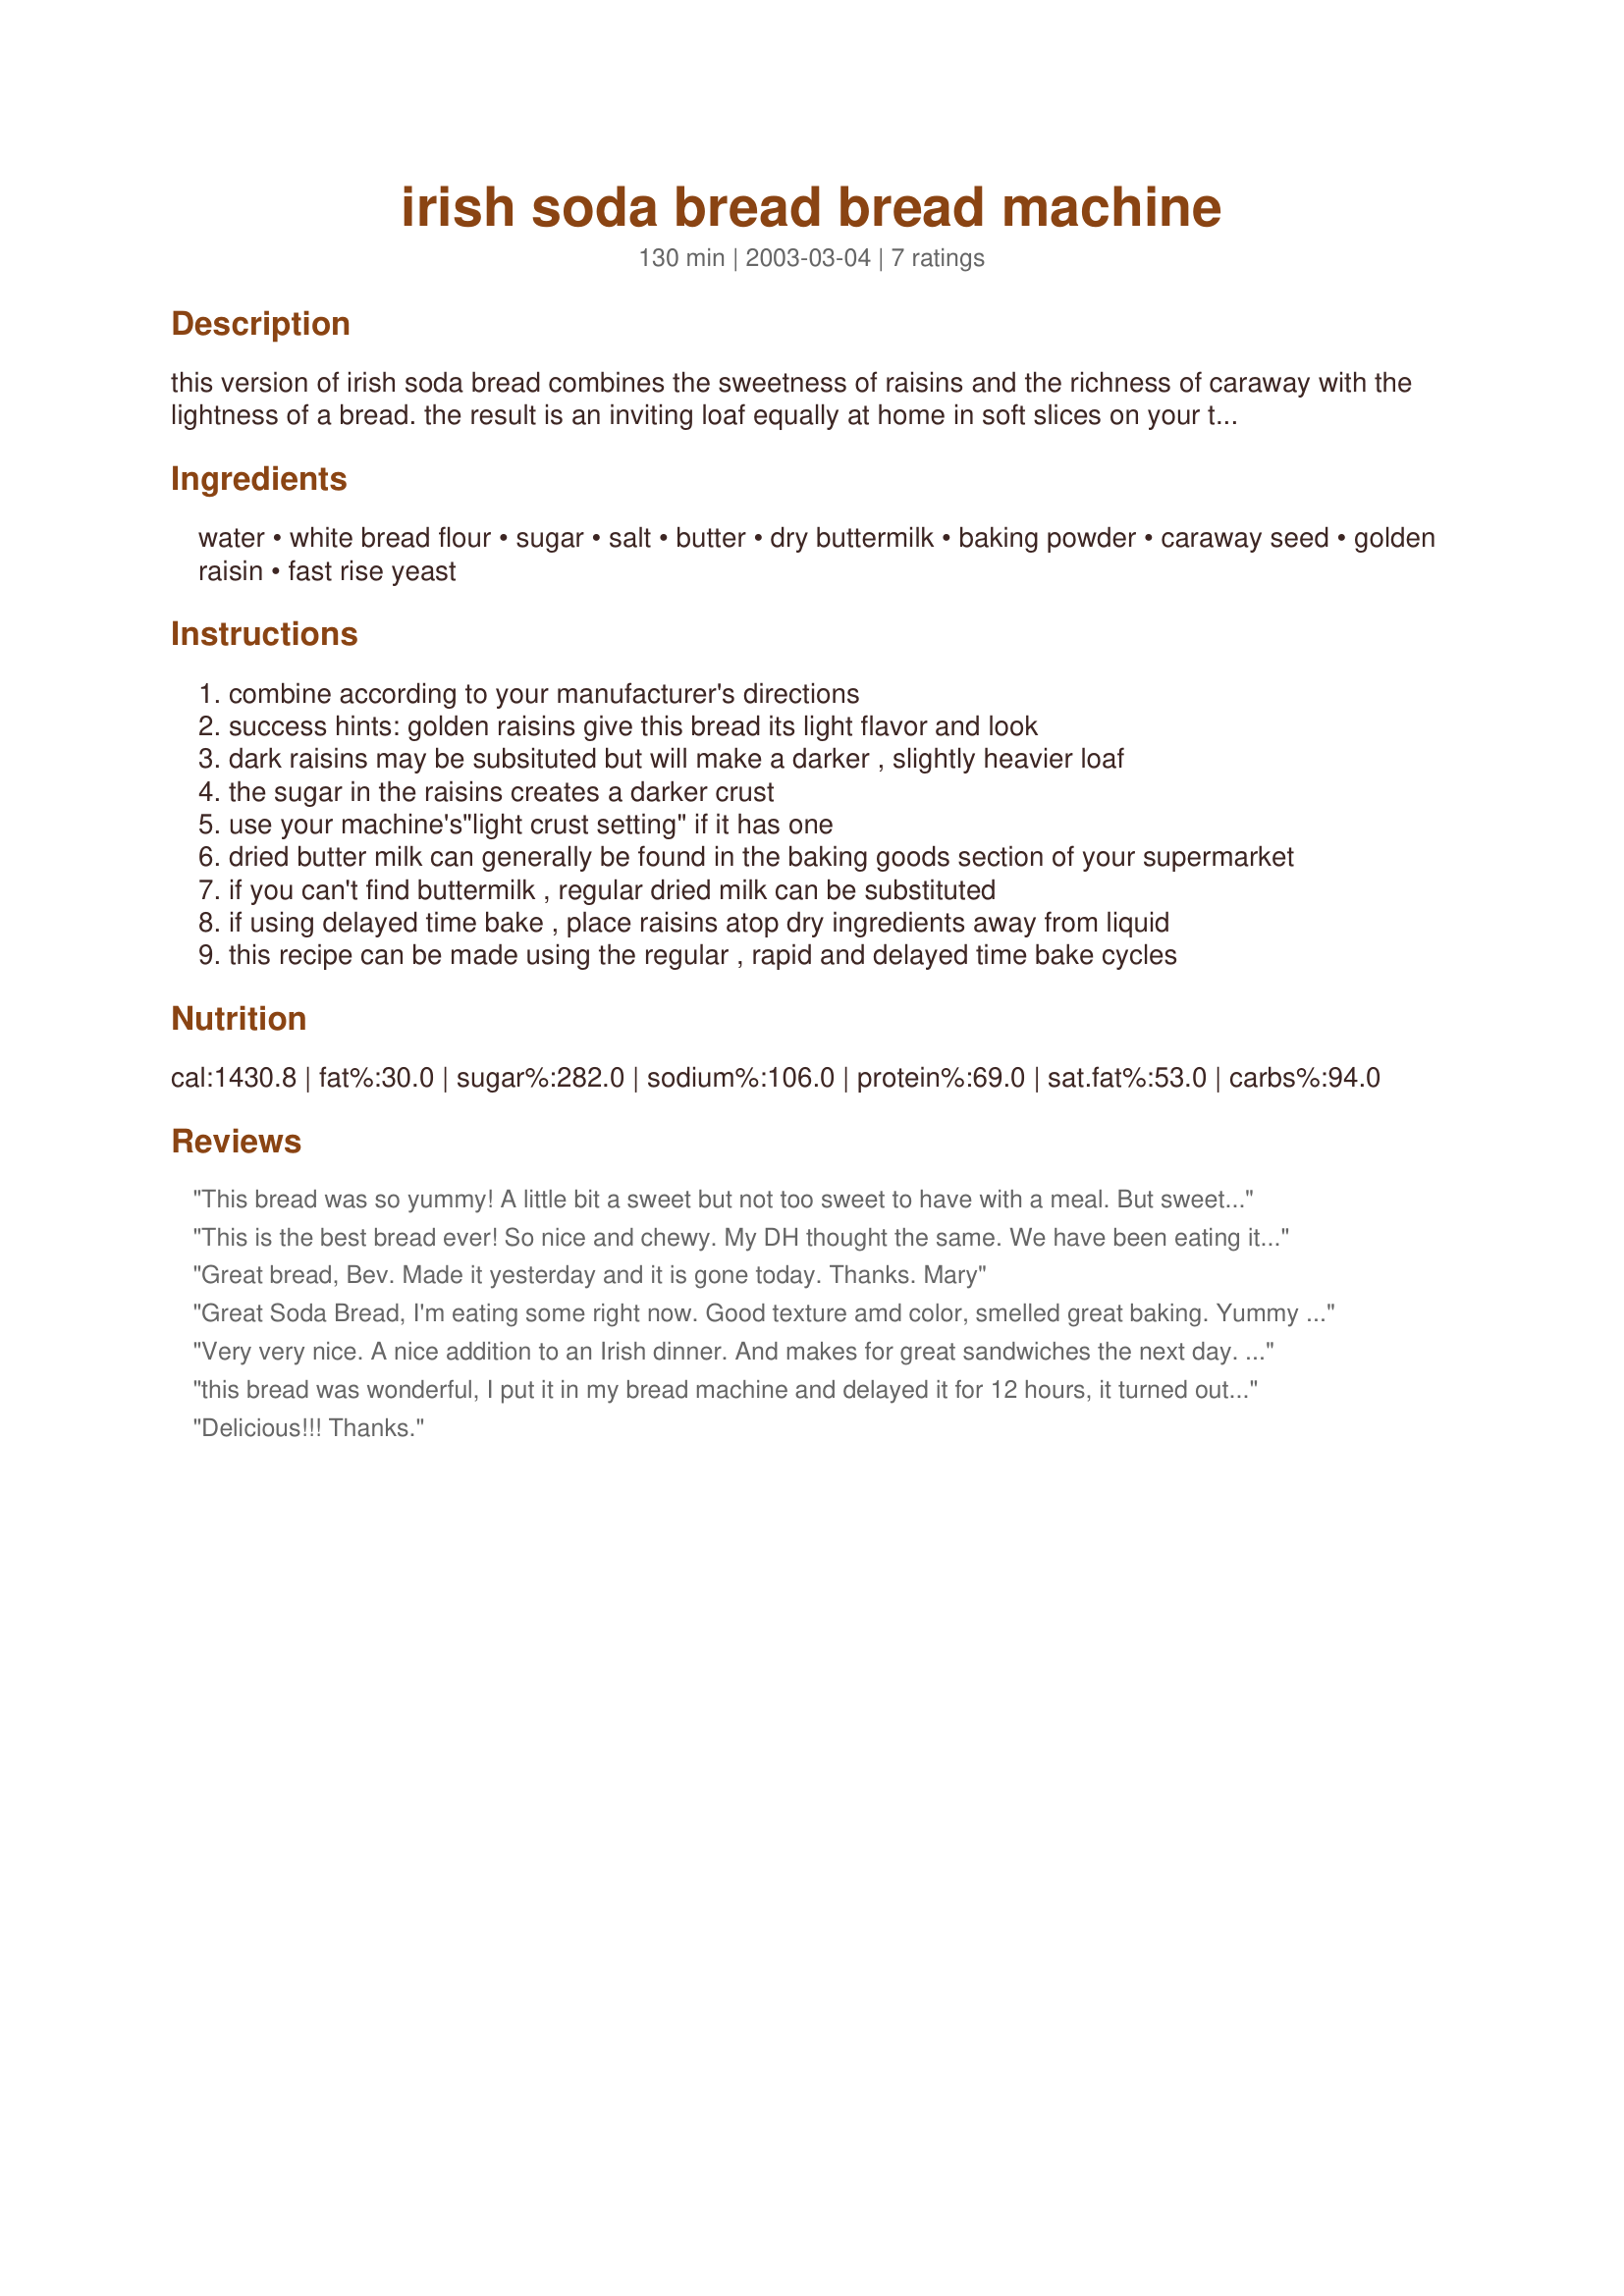
irish soda bread bread machine
Preparation time: 130 minutes

this version of irish soda bread combines the sweetness of raisins and the richness of caraway with the lightness of a bread. the result is an inviting loaf equally at home in soft slices on your table or fresh from the toaster for a winning breakfast! from electric bread.

Ingredients:
water, white bread flour, sugar, salt, butter, dry buttermilk, baking powder, caraway seed, golden raisin, fast rise yeast

Steps:
combine according to your manufacturer's directions
success hints: golden raisins give this bread its light flavor and look
dark raisins may be subsituted but will make a darker , slightly heavier loaf
the sugar in the raisins creates a darker crust
use your machine's"light crust setting" if it has one
dried butter milk can generally be found in the baking goods section of your supermarket
if you can't find buttermilk , regular dried milk can be substituted
if using delayed time bake , place raisins atop dry ingredients away from liquid
this recipe can be made using the regular , rapid and delayed time bake cycles

Reviews:
This bread was so yummy! A little bit a sweet but not too sweet to have with a meal. But sweet enough to eat on it&#039;s own as a treat! However, my raisins did NOT incorporate into my bread. They were all on the outside and just fell off. Also, I baked it on the quick bread setting and it worked fine. I also set it on the Light setting and it could have been more brown. Maybe the medium settting would have been better for us?
This is the best bread ever! So nice and chewy. My DH thought the same. We have been eating it for breakfast, lunch and supper. Excellent! Thanks for posting.
Great bread, Bev. Made it yesterday and it is gone today. Thanks. Mary
Great Soda Bread, I'm eating some right now. Good texture amd color, smelled great baking. Yummy toasted, DH loves it. I added about 1/2 cup of dried cramberries along with the raisins. Recipe is a KEEPER. Thank you Bev.
Very very nice. A nice addition to an Irish dinner. And makes for great sandwiches the next day.
I did not use any raisins, as I am not fond of them, however the texture was great, it smells wonderful, and will certainly be made again.
Cheers!
this bread was wonderful, I put it in my bread machine and delayed it for 12 hours, it turned out so light and fluffy...I will make this again...it was a nice added touch to our St Patty's day meal...I did not have enough rasins so I made up the difference with dryed crandberries...
Delicious!!! Thanks.
